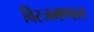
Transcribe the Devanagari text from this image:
विरजमण्डल